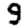
Digit: 9